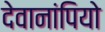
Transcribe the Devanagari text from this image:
देवानांपियो